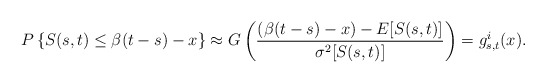
\begin{align*}P\left\{S(s,t)\leq{\beta(t-s)-x}\right\} \approx G\left(\frac{(\beta(t-s)-x)-E[S(s,t)]}{\sigma^{2}[S(s,t)]}\right)=g^{i}_{s,t}(x).\end{align*}